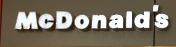
mcdonald's